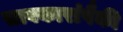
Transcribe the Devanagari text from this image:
सावकारांपैकी